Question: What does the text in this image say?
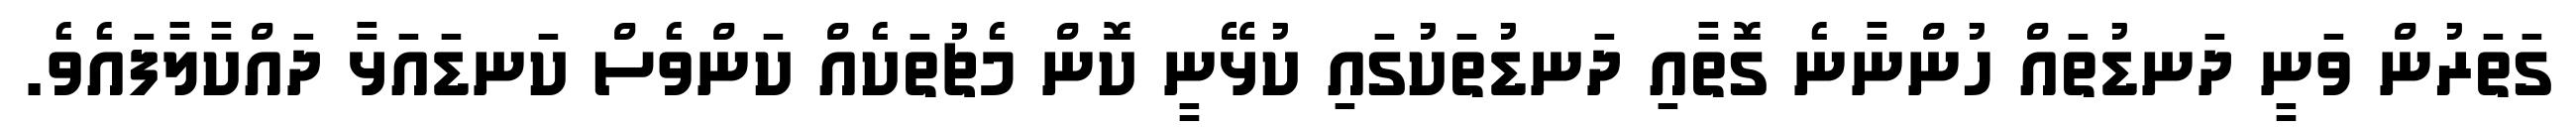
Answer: ގަތަރުން ވަނީ ދަނޑުތައް ހުންނާނެ ގޮތާއި ދަނޑުތަކުގައި ކުޅޭނީ ކޮން މެޗުތަކެއް ކަންވެސް ކަނޑައަޅާ ދައްކާލާފައެވެ.